Civil Veterinary Department Bengal reports 1933-51 - 1933-1951
Year: 1933
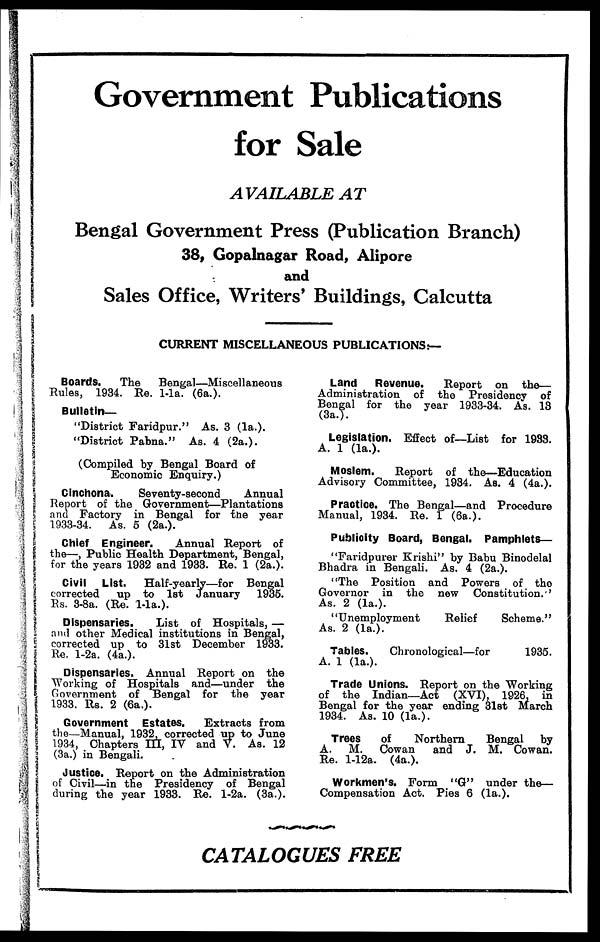
Government Publications
for Sale
AVAILABLE AT
Bengal Government Press (Publication Branch)
38, Gopalnagar Road, Alipore
and
Sales Office, Writers' Buildings, Calcutta
CURRENT MISCELLANEOUS PUBLICATIONS:-
Boards.
The
Bengal—Miscellaneous
Rules, 1934. Re. 1-1a. (6a.).
Bulletin—
"District Faridpur." As. 3 (1a.).
"District Pabna." As. 4 (2a.).
(Compiled by Bengal Board of
Economic Enquiry.)
Cinchona.
Seventy-second
Annual
Report of the Government—Plantations
and Factory in Bengal for the year
1933-34. As. 5 (2a.).
Chief Engineer.
Annual Report of
the—, Public Health Department, Bengal,
for the years 1932 and 1933. Re. 1 (2a.).
Civil List.
Half-yearly—for Bengal
corrected
up to 1st January 1935.
Rs. 3-8a. (Re. 1-1a.).
Dispensaries.
List of Hospitals, —
and other Medical institutions in Bengal,
corrected up to 31st December 1933.
Re. 1-2a. (4a.).
Dispensaries. Annual Report on the
Working of Hospitals and—under the
Government of Bengal for the year
1933. Rs. 2 (6a.).
Government Estates.
Extracts from
the—Manual, 1932, corrected up to June
1934, Chapters III, IV and V. As. 12
(3a.) in Bengali.
Justice. Report on the Administration
of Civil—in the Presidency of Bengal
during the year 1933. Re. 1-2a. (3a.).
Land
Revenue.
Report on the—
Administration of the Presidency of
Bengal for the year 1933-34. As. 13
(3a.).
Legislation. Effect of—List for 1983.
A. 1 (1a.).
Moslem,
Report of the—Education
Advisory Committee, 1934. As. 4 (4a.).
Practice. The Bengal—and Procedure
Manual, 1934. Re. 1 (6a.).
Publicity Board, Bengal. Pamphlets—
"Faridpurer Krishi" by Babu Binodelal
Bhadra in Bengali. As. 4 (2a.).
"The Position and Powers of the
Governor in the new Constitution. '
As. 2 (1a.).
"Unemployment
Relief
Scheme."
As. 2 (1a.).
Tables.
Chronological—for
1935.
A. 1 (1a.).
Trade Unions. Report on the Working
of the Indian—Act (XVI), 1926, in
Bengal for the year ending 31st March
1934. As. 10 (1a.).
Trees
of
Northern
Bengal by
A. M. Cowan
and J. M. Cowan.
Re. 1-12a. (4a.).
Workmen's. Form "G" under the—
Compensation Act. Pies 6 (1a.).
CATALOGUES FREE